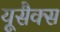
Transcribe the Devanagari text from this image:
यूसैक्स